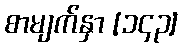
စာမျက်နှာ [၁၄၃]